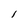
Character: 1